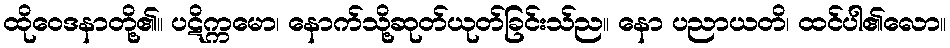
ထိုဝေဒနာတို့၏။ ပဋိက္ကမော၊ နောက်သို့ဆုတ်ယုတ်ခြင်းသ်ည။ နော ပညာယတိ၊ ထင်ပါ၏လော။